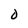
Character: 0